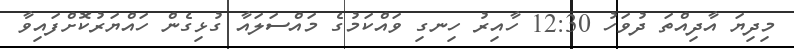
މިދިޔަ އާދިއްތަ ދުވަހު 12:30 ހާއިރު ހިނގި ވައްކަމުގެ މައްސަލައާ ގުޅިގެން ހައްޔަރުކޮށްފައިވާ